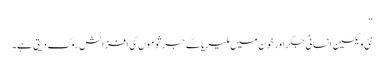
‘‘
نئی ویکسین انسانی جگر اور خون میں ملیریا کے جرثوموں کی افزائش روک دیتی ہے۔